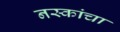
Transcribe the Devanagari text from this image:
नस्कांचा